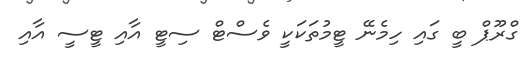
ގްރޫޕް ބީ ގައި ހިމެނޭ ޓީމުތަކަކީ ވެސްޓް ސިޓީ އާއި ޓީސީ އާއި